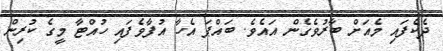
ދެކެފައި މެއަށް ބާރުވެގެން އައެވެ. ބައްޕަ އެހާ އުފާވެފައި ހުއްޓާ މީގެ ކުރިން